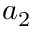
a _ { 2 }